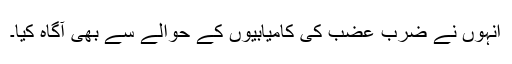
انہوں نے ضرب عضب کی کامیابیوں کے حوالے سے بھی آگاہ کیا۔